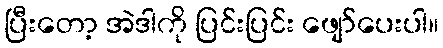
ပြီးတော့ အဲဒါကို ပြင်းပြင်း ဖျော်ပေးပါ။